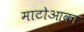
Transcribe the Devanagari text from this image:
माटोआका